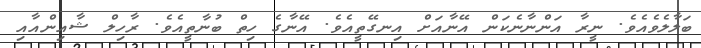
ބަލާލެވެއެވެ. ނީރާ އަންނާނެކަން އޭނާއަށް އިނގޭތީއެވެ. އޭނާގެ ހިތް ބުނާތީއެވެ. ރާހިލް ޝާއިންއާއި